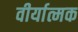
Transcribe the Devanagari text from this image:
वीर्यात्मक